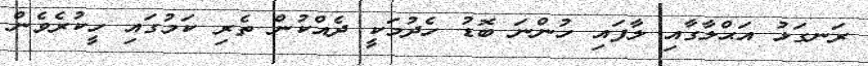
ރަނގަޅު އަޙްލާގާއި ލާފައި ހުންނަ ބޮޑު ހެދުމަކީ ދެއްކުން ތެރި ކަމުގައި ހީކުރެވެން